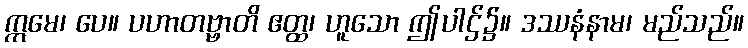
ဣမေ၊ ပေ။ ပဟာတဗ္ဗာတိ ဧတ္ထ၊ ဟူသော ဤပါဌ်၌။ ဒဿနံနာမ၊ မည်သည်။